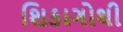
શિકાગોથી